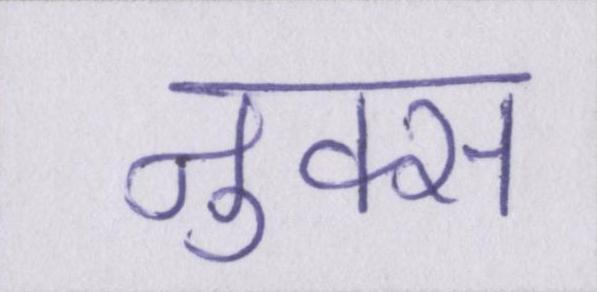
नुक्स